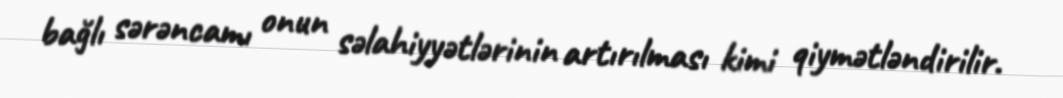
bağlı sərəncamı onun səlahiyyətlərinin artırılması kimi qiymətləndirilir.